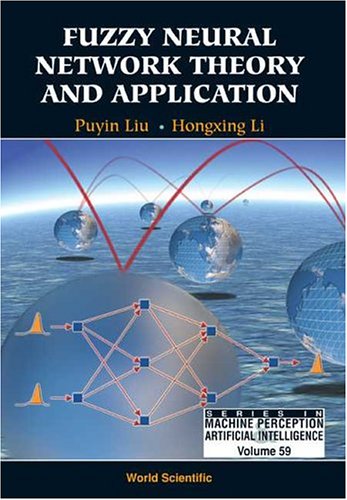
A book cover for Fuzzy Neural Network Theory and Application (Series in Machine Perception and Artificial Intelligence, Vol. 59); Puyin Liu; Computers & Technology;